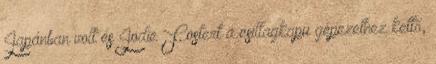
Japánban volt és Jodie Fostert a csillagkapu gépezethez kettő,